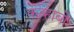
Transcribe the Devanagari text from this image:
कव्हाबी